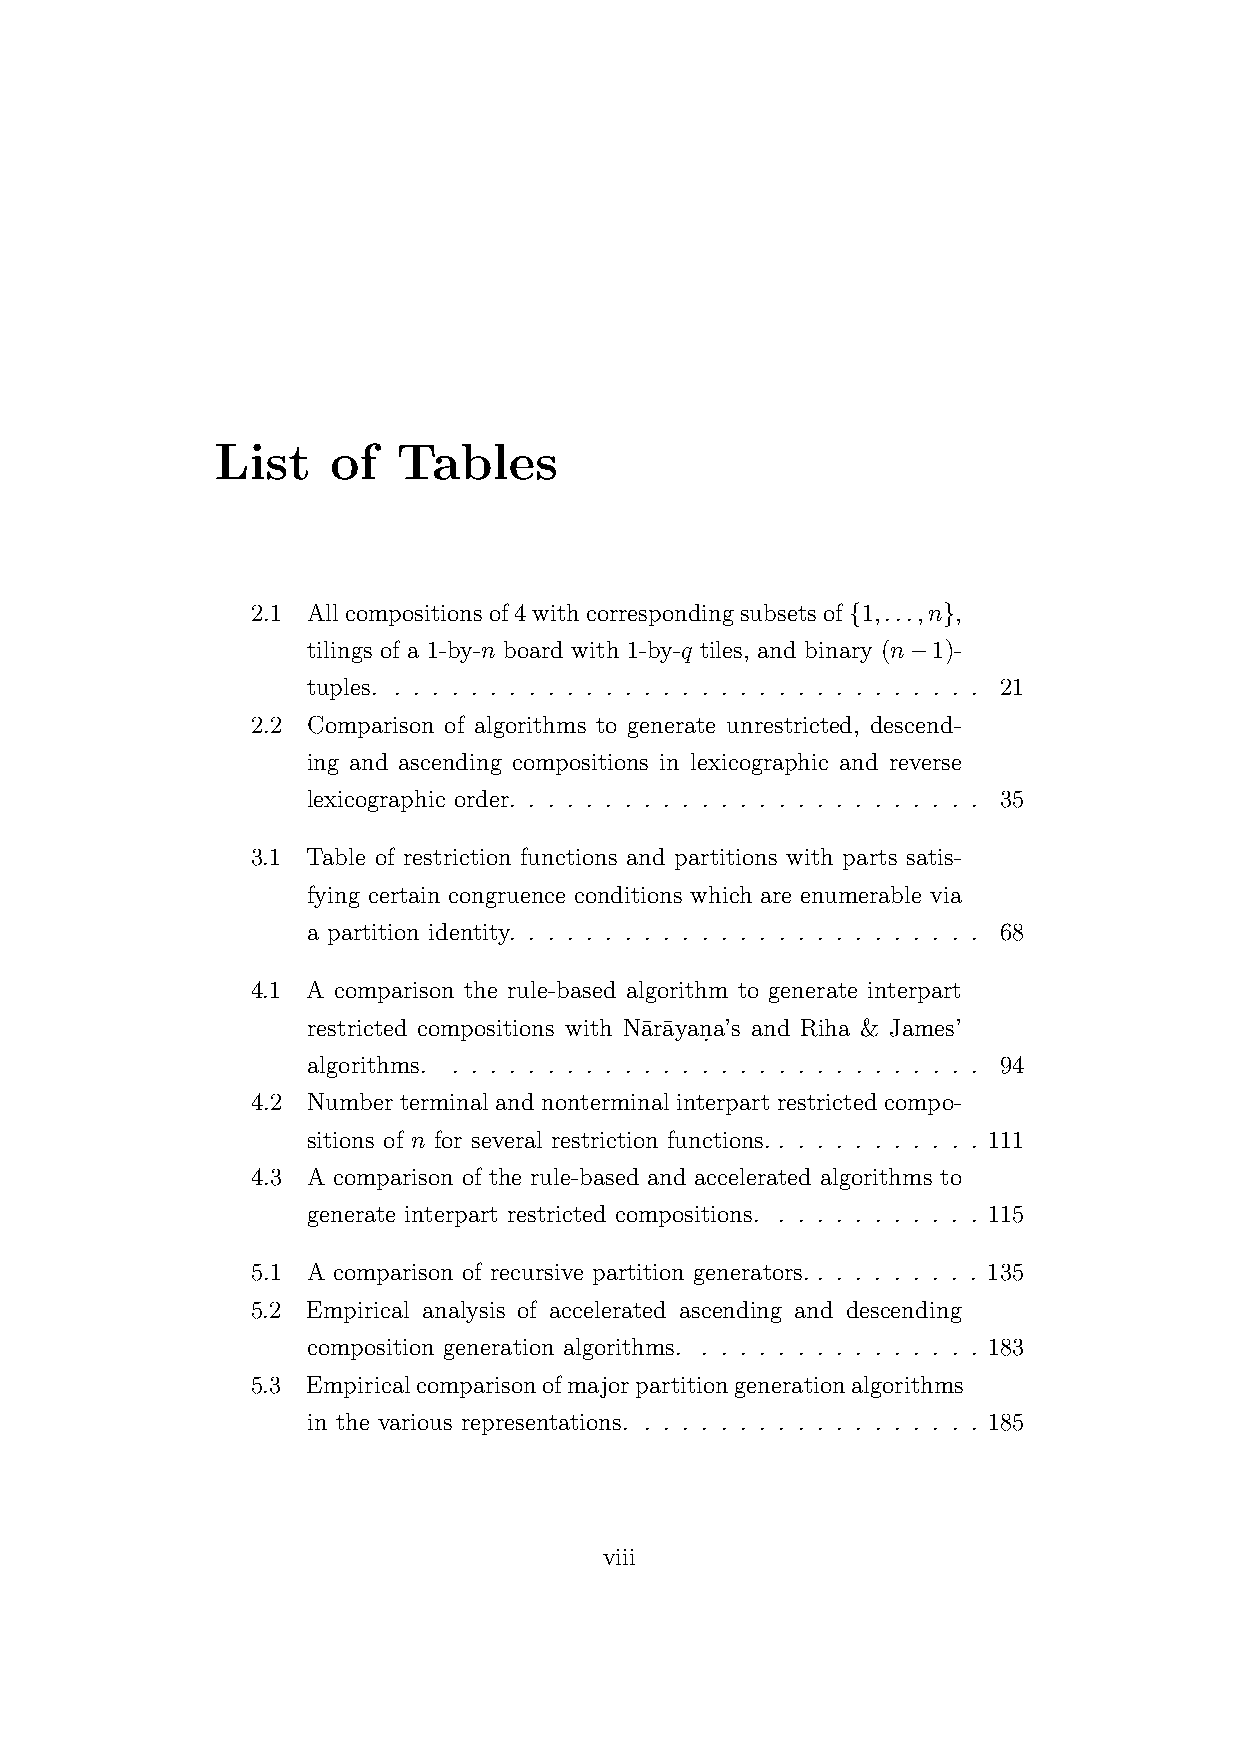
List    of  Tables
 2.1 Allcompositionsof4withcorrespondingsubsetsof{1,...,n},
 tilings of a 1-by-n board with 1-by-q tiles, and binary (n−1)-
 tuples. . . . . . . . . . . . . . . . . . . . . . . . . . . . . . . . 21
 2.2 Comparison of algorithms to generate unrestricted, descend-
 ing and ascending compositions in lexicographic and reverse
 lexicographic order. . . . . . . . . . . . . . . . . . . . . . . . . 35
 3.1 Table of restriction functions and partitions with parts satis-
 fying certain congruence conditions which are enumerable via
 a partition identity. . . . . . . . . . . . . . . . . . . . . . . . . 68
 4.1 A comparison the rule-based algorithm to generate interpart
 restricted compositions with Na¯ra¯yan.a’s and Riha & James’
 algorithms. . . . . . . . . . . . . . . . . . . . . . . . . . . . . 94
 4.2 Number terminal and nonterminal interpart restricted compo-
 sitions of n for several restriction functions. . . . . . . . . . . . 111
 4.3 A comparison of the rule-based and accelerated algorithms to
 generate interpart restricted compositions. . . . . . . . . . . . 115
 5.1 A comparison of recursive partition generators. . . . . . . . . . 135
 5.2 Empirical analysis of accelerated ascending and descending
 composition generation algorithms. . . . . . . . . . . . . . . . 183
 5.3 Empiricalcomparisonofmajorpartitiongenerationalgorithms
 in the various representations. . . . . . . . . . . . . . . . . . . 185
 viii